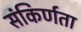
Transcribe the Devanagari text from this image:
संकिर्णता